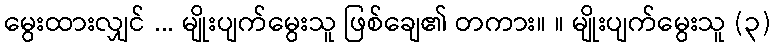
မွေးထားလျှင် ... မျိုးပျက်မွေးသူ ဖြစ်ချေ၏ တကား။ ။ မျိုးပျက်မွေးသူ (၃)